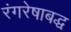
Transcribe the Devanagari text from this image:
रंगरेषाबद्ध